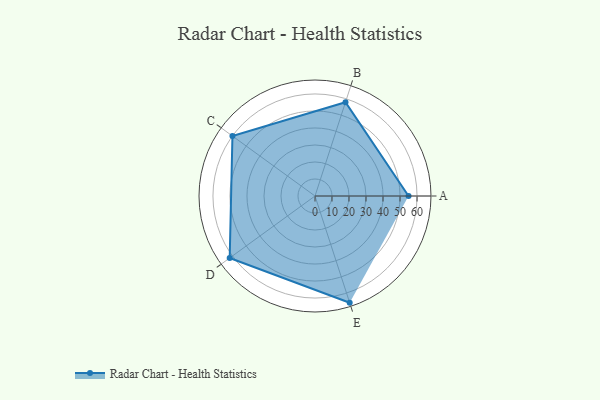
{"axis": {"x": "Skill", "y": "Score"}, "legend": ["Profile"], "data": [{"x": "A", "y": 55.0, "type": "Profile"}, {"x": "B", "y": 58.0, "type": "Profile"}, {"x": "C", "y": 60.0, "type": "Profile"}, {"x": "D", "y": 62.0, "type": "Profile"}, {"x": "E", "y": 66.0, "type": "Profile"}]}